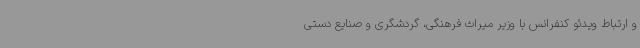
و ارتباط ویدئو کنفرانس با وزیر میراث فرهنگی، گردشگری و صنایع دستی